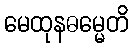
မေထုနဓမ္မေတိ